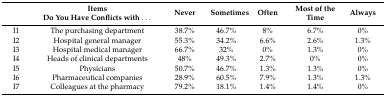
<table><thead><tr><td></td><td><b>Items Do You Have Conflicts with ...</b></td><td><b>Never</b></td><td><b>Sometimes</b></td><td><b>Often</b></td><td><b>Most of the Time</b></td><td><b>Always</b></td></tr></thead><tbody><tr><td>I1</td><td>The purchasing department</td><td>38.7%</td><td>46.7%</td><td>8%</td><td>6.7%</td><td>0%</td></tr><tr><td>I2</td><td>Hospital general manager</td><td>55.3%</td><td>34.2%</td><td>6.6%</td><td>2.6%</td><td>1.3%</td></tr><tr><td>I3</td><td>Hospital medical manager</td><td>66.7%</td><td>32%</td><td>0%</td><td>1.3%</td><td>0%</td></tr><tr><td>I4</td><td>Heads of clinical departments</td><td>48%</td><td>49.3%</td><td>2.7%</td><td>0%</td><td>0%</td></tr><tr><td>I5</td><td>Physicians</td><td>50.7%</td><td>46.7%</td><td>1.3%</td><td>1.3%</td><td>0%</td></tr><tr><td>I6</td><td>Pharmaceutical companies </td><td>28.9%</td><td>60.5%</td><td>7.9%</td><td>1.3%</td><td>1.3%</td></tr><tr><td>I7</td><td>Colleagues at the pharmacy </td><td>79.2%</td><td>18.1%</td><td>1.4%</td><td>1.4%</td><td>0%</td></tr></tbody></table>